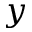
y